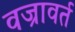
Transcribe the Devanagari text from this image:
वज्रावर्त